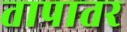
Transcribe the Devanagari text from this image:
तापातर